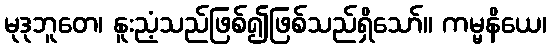
မုဒုဘူတေ၊ နူးညံ့သည်ဖြစ်၍ဖြစ်သည်ရှိသော်။ ကမ္မနိယေ၊